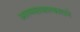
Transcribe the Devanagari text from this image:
आत्मसाक्षात्काराने